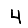
Digit: 4